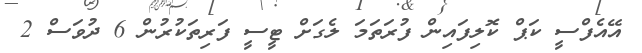
އޭއެފްސީ ކަޕް ކޮލިފައިން ފުރަތަމަ ލެގަށް ޓީސީ ފަރިތަކުރުން 6 ދުވަސް 2